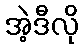
အဲ့ဒီလို